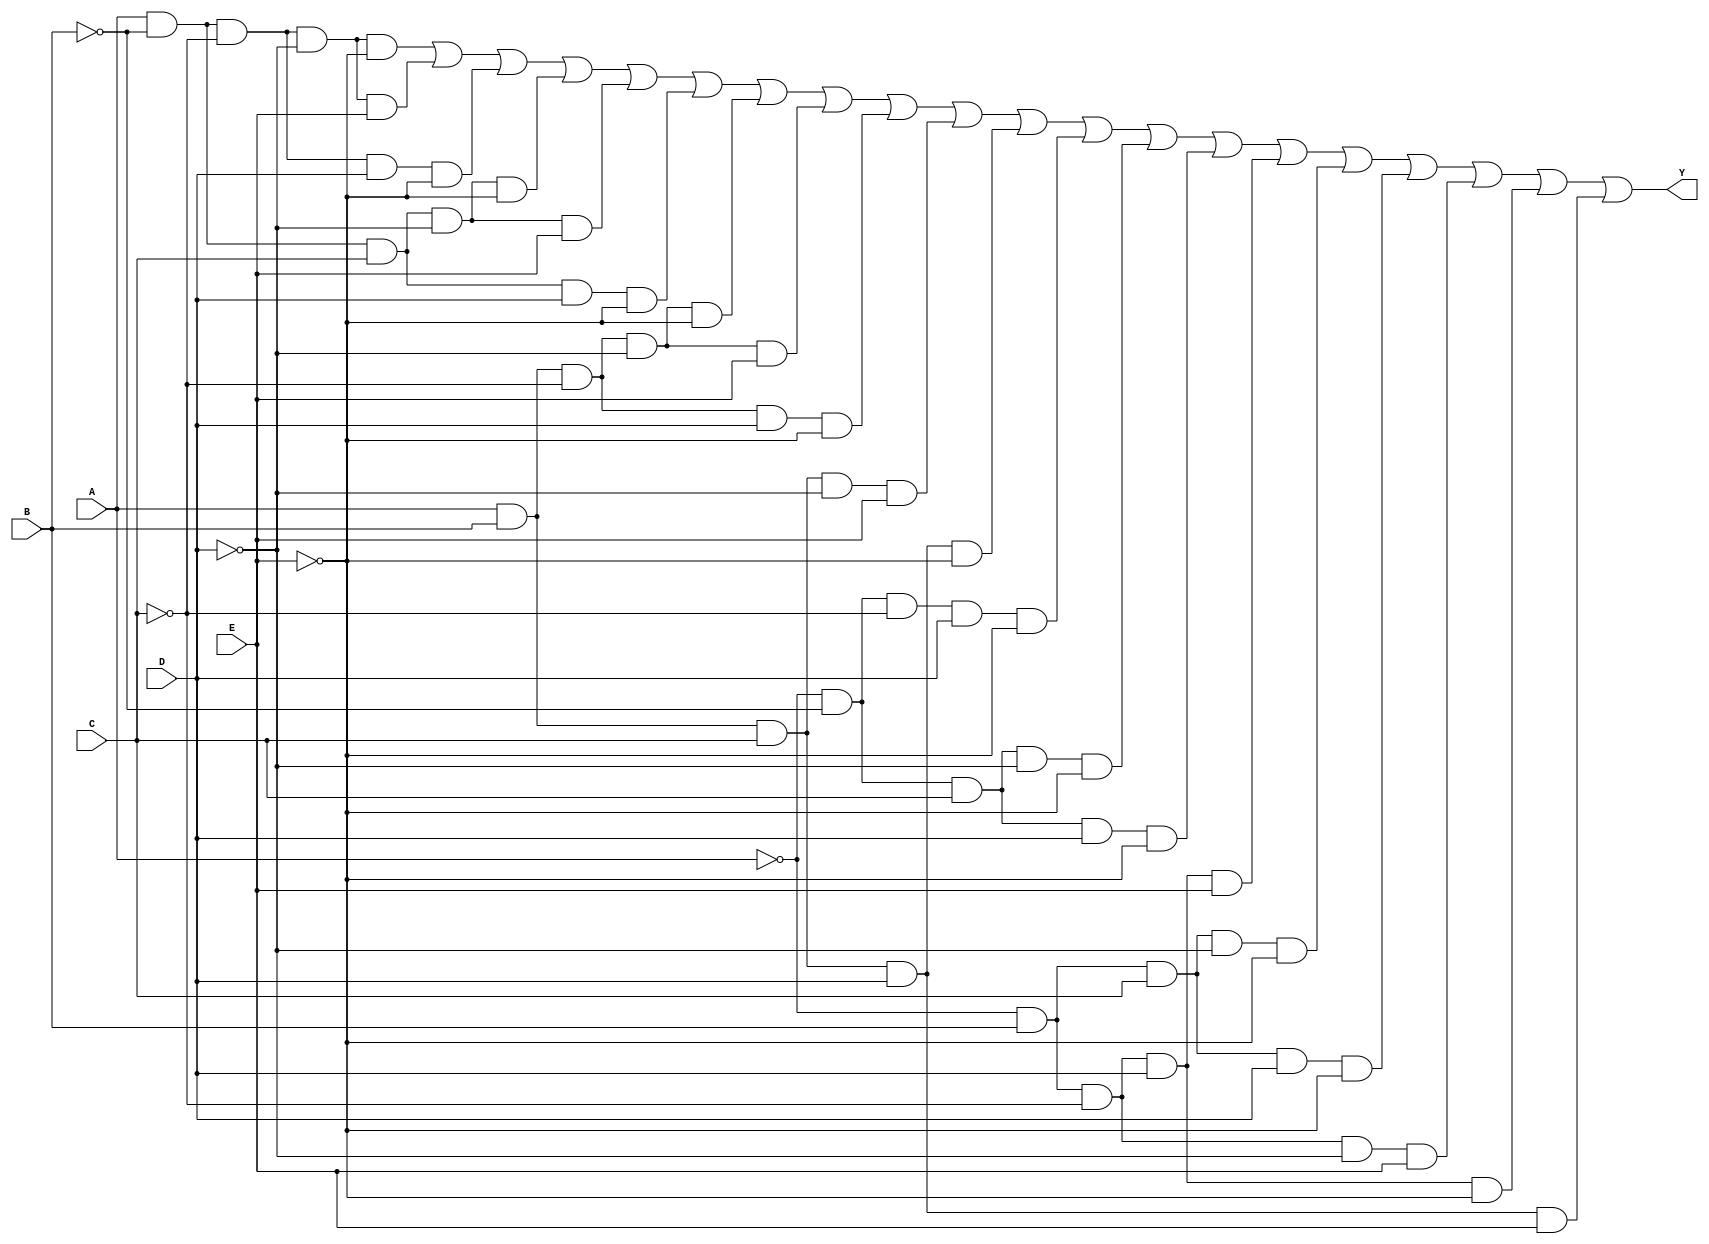
module five_variable_kmap (
    input wire A,  // Input variable A
    input wire B,  // Input variable B
    input wire C,  // Input variable C
    input wire D,  // Input variable D
    input wire E,  // Input variable E
    output wire Y  // Output Y
);

// K-map implementation based on the minterms
// Example: Assume the K-map has 1s in the following minterm indices:
// 0, 1, 2, 5, 6, 7, 8, 9, 10, 14, 15, 16, 17, 18, 21, 22, 23, 24, 25, 30
// You need to replace these indices with the actual minterms from your K-map.

assign Y = (A & ~B & ~C & ~D & ~E) |  // minterm 0
           (A & ~B & ~C & ~D & E)  |  // minterm 1
           (A & ~B & ~C & D & ~E)  |  // minterm 2
           (A & ~B & C & ~D & ~E)   | // minterm 5
           (A & ~B & C & ~D & E)    | // minterm 6
           (A & ~B & C & D & ~E)    | // minterm 7
           (A & B & ~C & ~D & ~E)    | // minterm 8
           (A & B & ~C & ~D & E)     | // minterm 9
           (A & B & ~C & D & ~E)     | // minterm 10
           (A & B & C & ~D & E)      | // minterm 14
           (A & B & C & D & ~E)      | // minterm 15
           (~A & ~B & ~C & D & ~E)   | // minterm 16
           (~A & ~B & C & ~D & ~E)   | // minterm 17
           (~A & ~B & C & D & ~E)    | // minterm 18
           (~A & B & ~C & D & E)     | // minterm 21
           (~A & B & C & ~D & ~E)    | // minterm 22
           (~A & B & C & D & ~E)     | // minterm 23
           (~A & B & ~C & ~D & E)     | // minterm 24
           (~A & B & ~C & D & ~E)     | // minterm 25
           (A & B & C & D & E)        | // minterm 30
           0; // Default case (can be adjusted based on your K-map)

endmodule